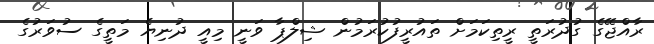
ރާއްޖޭގެ ގުދުރަތީ ރީތިކަމަށް ތައުރީފުކުރަމުން ޝިލްޕާ ވަނީ މިއީ ދުނިޔެ މަތީގެ ސުވަރުގެ